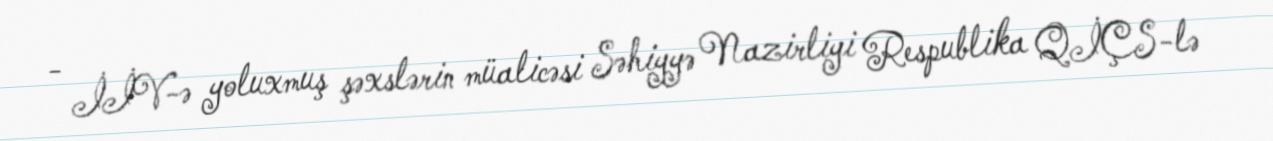
- İİV-ə yoluxmuş şəxslərin müalicəsi Səhiyyə Nazirliyi Respublika QİÇS-lə